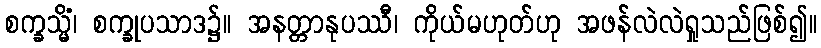
စက္ခသ္မိံ၊ စက္ခုပသာဒ၌။ အနတ္တာနုပဿီ၊ ကိုယ်မဟုတ်ဟု အဖန်လဲလဲရှုသည်ဖြစ်၍။